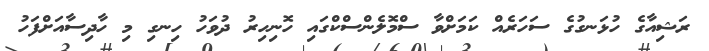
ރަޝިއާގެ ހުޅަނގުގެ ސަހަރެއް ކަމަށްވާ ސްމޮލެންސްކްގައި ހޮނިހިރު ދުވަހު ހިނގި މި ހާދިސާއަށްފަހު